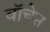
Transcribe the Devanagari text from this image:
वॉचेस